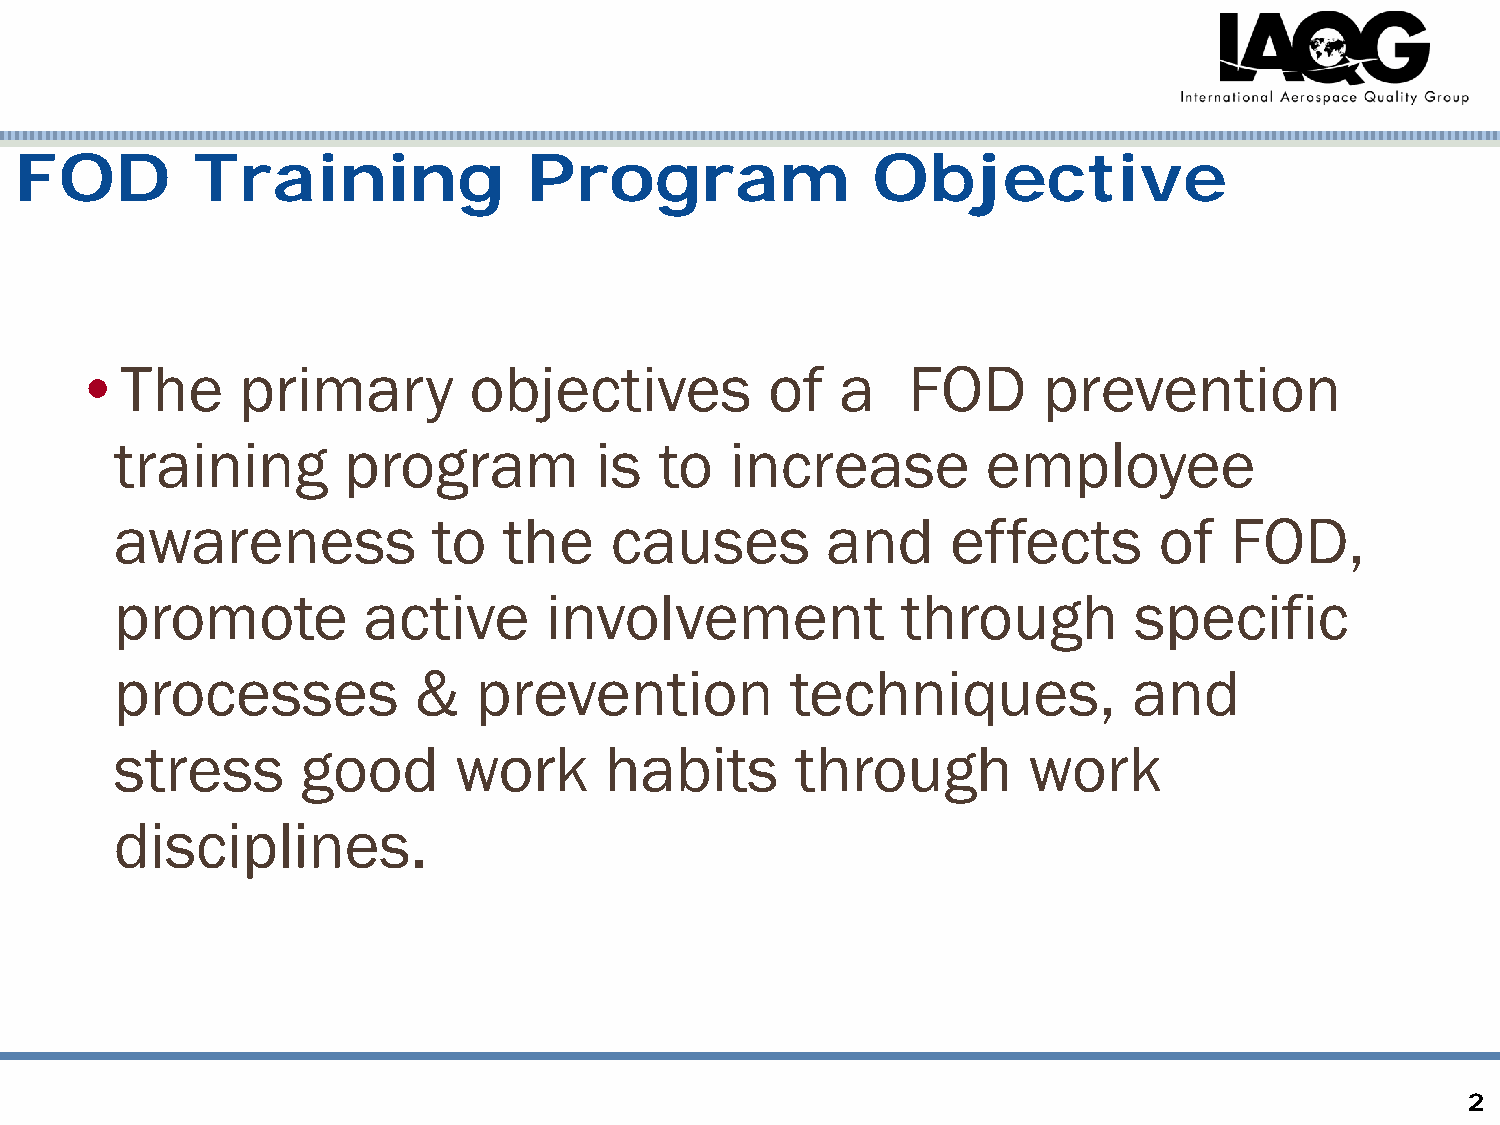
FOD         Training              Program                Objective
 •The       primary        objectives          of   a   FOD      prevention
 training       program         is   to  increase         employee
 awareness            to  the    causes         and     effects       of  FOD,
 promote         active      involvement             through        specific
 processes          &   prevention           techniques,            and
 stress      good      work      habits       through        work
 disciplines.
 2